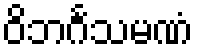
ဝိဘင်္ဂသမဏံ